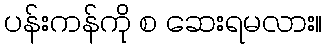
ပန်းကန်ကို စ ဆေးရမလား။